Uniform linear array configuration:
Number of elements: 24
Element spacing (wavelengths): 0.75
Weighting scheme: kaiser
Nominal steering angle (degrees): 0
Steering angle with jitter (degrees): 1.903
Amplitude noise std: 0.05
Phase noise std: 0.05

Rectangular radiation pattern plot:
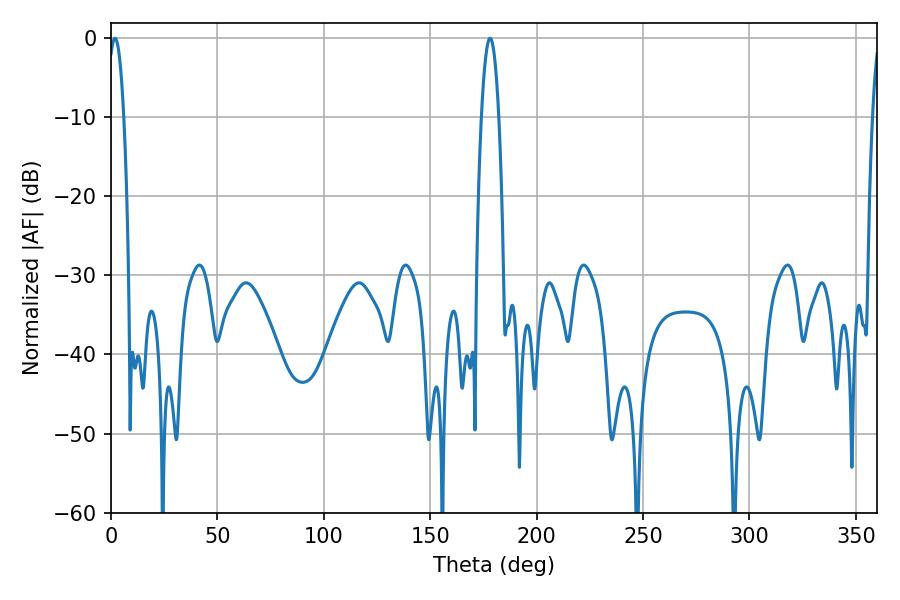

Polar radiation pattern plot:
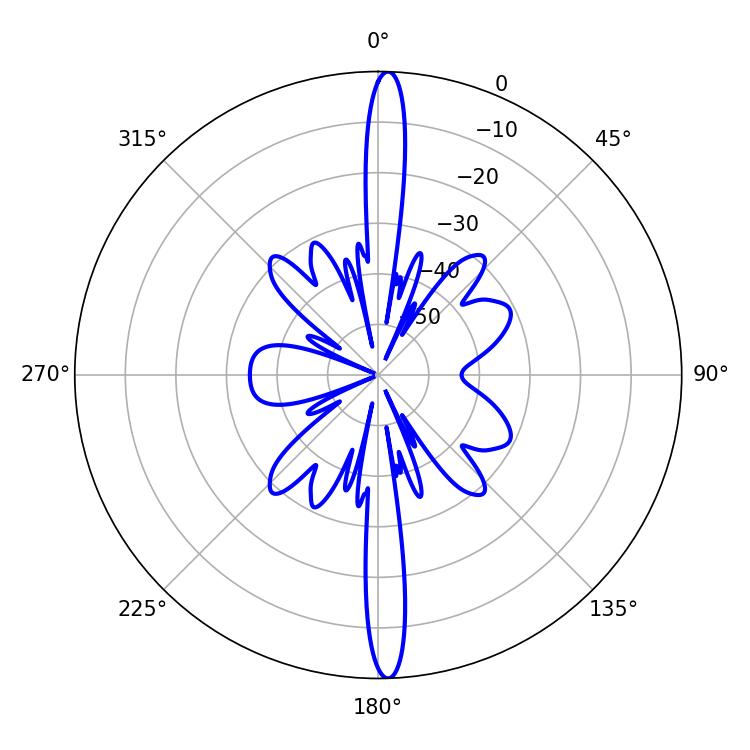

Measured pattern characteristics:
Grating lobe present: TRUE
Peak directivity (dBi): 25.413
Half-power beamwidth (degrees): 4.14
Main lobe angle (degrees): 1.8